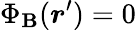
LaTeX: \Phi_{\mathbf{B}}(\boldsymbol{r}^{\prime})=0